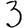
Digit: 3